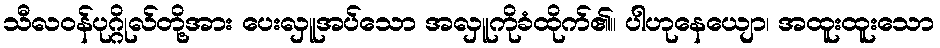
သီလဝန်ပုဂ္ဂိုလ်တို့အား ပေးလှူအပ်သော အလှူကိုခံထိုက်၏။ ပါဟုနေယျော၊ အထူးထူးသော